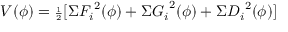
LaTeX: V ( \phi ) = { \scriptstyle { \frac { 1 } { 2 } } } [ \Sigma { F _ { i } } ^ { 2 } ( \phi ) + \Sigma { G _ { i } } ^ { 2 } ( \phi ) + \Sigma { D _ { i } } ^ { 2 } ( \phi ) ]